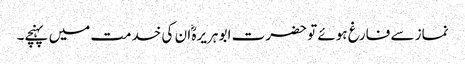
نماز سے فارغ ہوئے تو حضرت ابو ہریرہؓ ان کی خدمت میں پہنچے۔